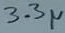
Text: 3.3µ